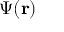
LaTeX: \Psi ( \mathbf { r } )